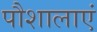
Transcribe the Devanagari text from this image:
पौशालाएं